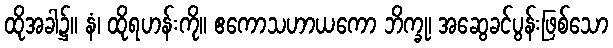
ထိုအခါ၌။ နံ၊ ထိုရဟန်းကို။ ဧကောသဟာယကော ဘိက္ခု၊ အဆွေခင်ပွန်းဖြစ်သော